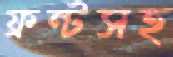
ফ্রন্টসহ